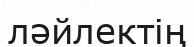
ләйлектің